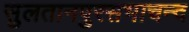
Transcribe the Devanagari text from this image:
सुलतानपुरसभाचन्द